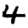
Digit: 4